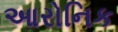
આરોનિક